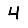
Digit: 4